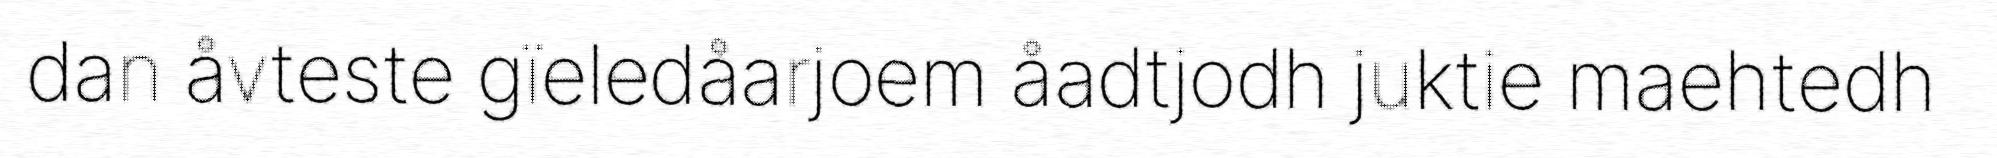
dan åvteste gïeledåarjoem åadtjodh juktie maehtedh